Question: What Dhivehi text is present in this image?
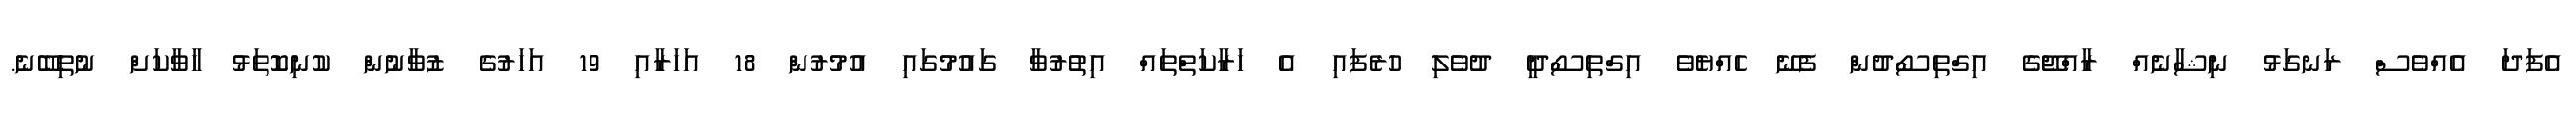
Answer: އެފަދަ އެއްވެސް ރަނގަޅު ނިޝާނެއް ރާއްޖޭގެ އިގްތިސޯދުން ފެނޭ ހެއްޔެވެ އިގްތިސޯދީ ދުވެލި ހުރެފައި އެ ހަރާކަތްތައް އިތުރުވާ ގައުމުގައި އުމުރުން 18 އަހަރާއި 19 އަހަރުގެ ޒުވާނުން ކުނިކޮތަޅު ހާވާކަށް ނުތިބޭނެ.